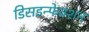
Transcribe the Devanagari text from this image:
डिसइन्फेक्शन